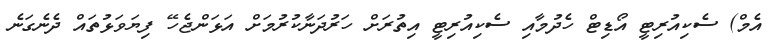
އެމް) ސެކިއުރިޓީ އޯޑިޓް ހެދުމާއި ސެކިއުރިޓީ އިތުރަށް ހަރުދަނާކުރުމަށް އަޅަންޖެހޭ ފިޔަވަޅުތައް ދެނެގަނެ